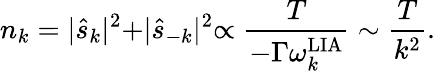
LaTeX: n_{k}=\lvert\hat{s}_{k}\lvert^{2}+\lvert\hat{s}_{-k}\lvert^{2}\propto\frac{T}{-\Gamma\omega_{k}^{\mathrm{LIA}}}\sim\frac{T}{k^{2}}.